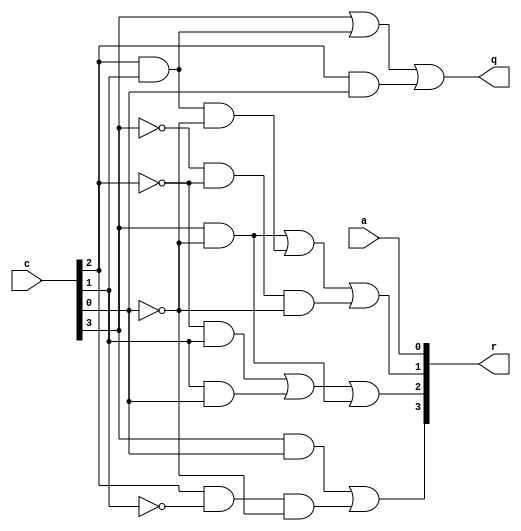
module div10b1 (
    input  [3:0] c,
    input        a,
    output       q,
    output [3:0] r
  );
  assign r = { c[3]&c[0] | c[2]&~c[1]&~c[0],
               ~c[2]&c[1] | c[1]&c[0] | c[3]&~c[0],
               c[3]&~c[0] | c[2]&c[1]&~c[0] | ~c[3]&~c[2]&~c[0],
               a };
  assign q = c[3] | c[2]&c[1] | c[2]&c[0];
endmodule